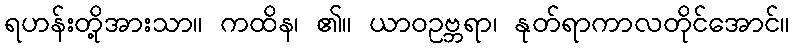
ရဟန်းတို့အားသာ။ ကထိန၊ ၏။ ယာဝဥဗ္ဘရာ၊ နုတ်ရာကာလတိုင်အောင်။